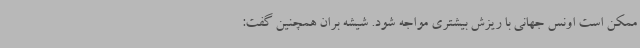
ممکن است اونس جهانی با ریزش بیشتری مواجه شود. شیشه بران همچنین گفت: